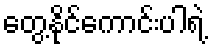
တွေ့နိုင်ကောင်းပါရဲ့